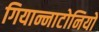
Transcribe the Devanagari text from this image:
गियान्नाटोनियो